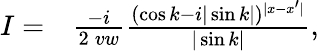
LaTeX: \begin{array}{rl}{I=}&{{}\frac{-i}{2\: vw}\frac{(\cos k-i|\sin k|)^{|x-x^{\prime}|}}{|\sin k|},}\end{array}